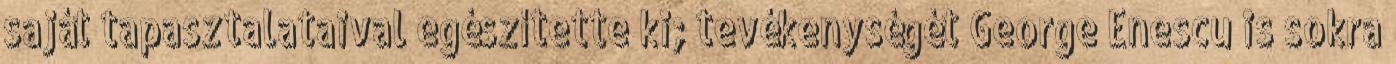
saját tapasztalataival egészítette ki; tevékenységét George Enescu is sokra